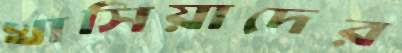
খাসিয়াদের